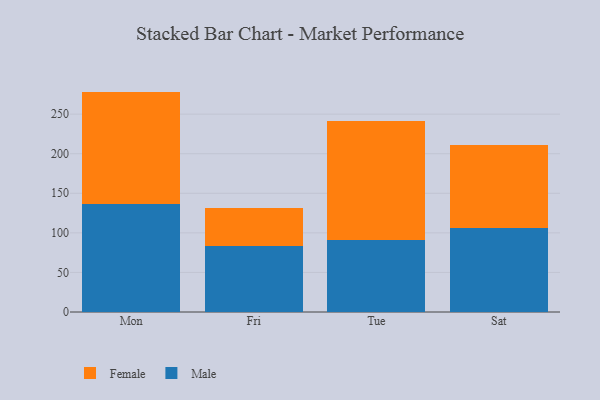
{"axis": {"x": "Day", "y": "LTV (USD)"}, "legend": ["Female", "Male"], "data": [{"x": "Mon", "y": 137.0, "type": "Male"}, {"x": "Mon", "y": 141.5, "type": "Female"}, {"x": "Fri", "y": 83.8, "type": "Male"}, {"x": "Fri", "y": 48.0, "type": "Female"}, {"x": "Tue", "y": 90.4, "type": "Male"}, {"x": "Tue", "y": 151.0, "type": "Female"}, {"x": "Sat", "y": 106.4, "type": "Male"}, {"x": "Sat", "y": 104.2, "type": "Female"}]}